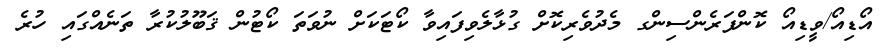
އޯޑިއޯ/ވީޑިއޯ ކޮންފަރެންސިންގ މެދުވެރިކޮށް ގުޅާލެވިފައިވާ ކޯޓަކަށް ނުވަތަ ކޯޓުން ޤަބޫލުކުރާ ތަނެއްގައި ހުރެ